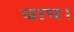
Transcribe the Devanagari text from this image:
बाघ।